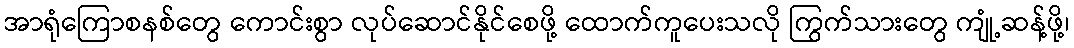
အာရုံကြောစနစ်တွေ ကောင်းစွာ လုပ်ဆောင်နိုင်စေဖို့ ထောက်ကူပေးသလို ကြွက်သားတွေ ကျုံ့ဆန့်ဖို့၊